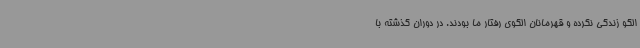
الگو زندگی نکرده و قهرمانان الگوی رفتار ما بودند. در دوران گذشته با